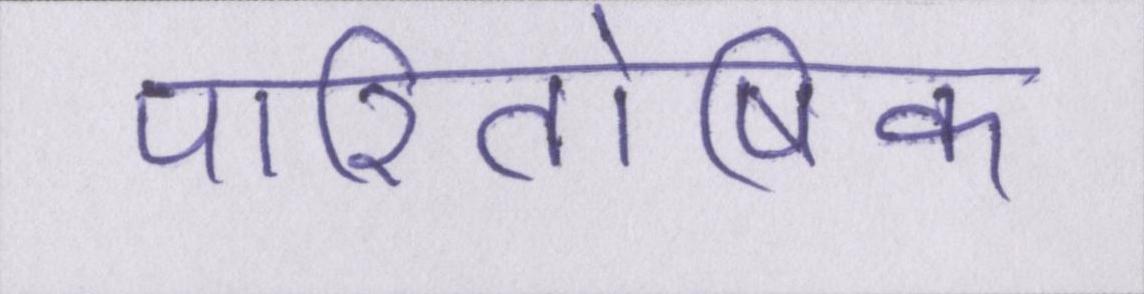
पारितोषिक